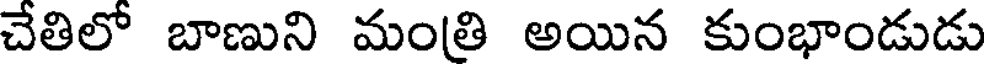
చేతిలో బాణుని మంతి అయిన కుంభాండుడు